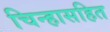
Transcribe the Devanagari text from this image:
चिन्हासहित